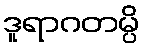
ဒူရာဂတမ္ပိ